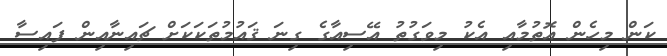
ކަން މިހެން އޮތުމާއި އެކު މިވަގުތު އޭސިއާގެ ގިނަ ޤައުމުތަކަކަށް ޗައިނާއިން ފައިސާ